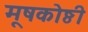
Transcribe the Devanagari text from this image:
मूषकोष्ठी